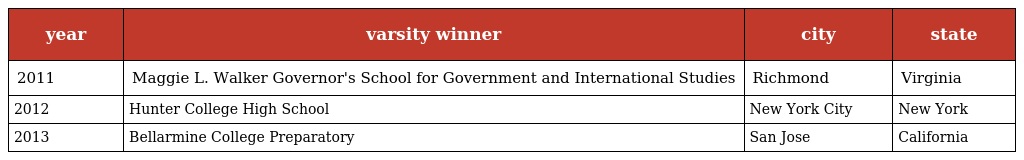
| year | varsity winner | city | state |
 | --- | --- | --- | --- |
 | 2011 | Maggie L. Walker Governor's School for Government and International Studies | Richmond | Virginia |
 | 2012 | Hunter College High School | New York City | New York |
 | 2013 | Bellarmine College Preparatory | San Jose | California |